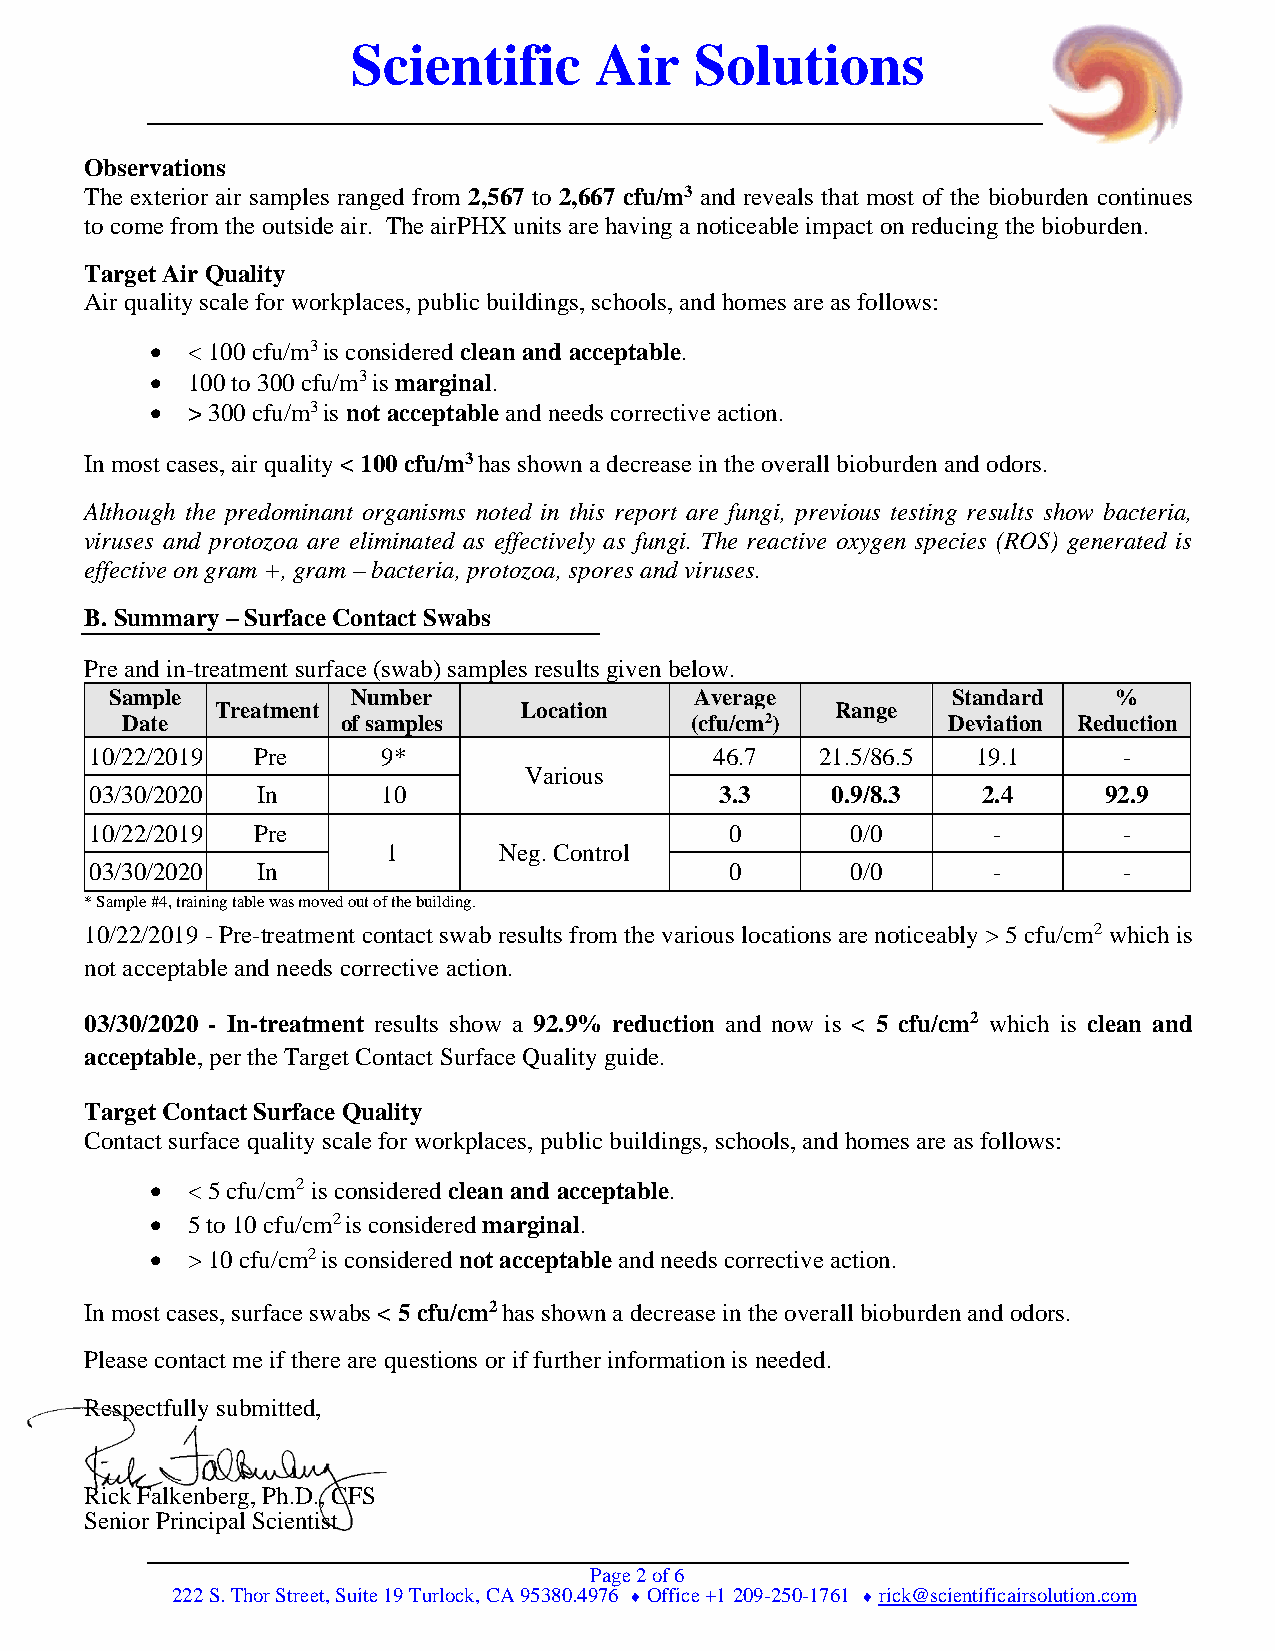
Scientific      Air    Solutions
 Observations
 The exterior air samples ranged from 2,567 to 2,667 cfu/m3 and reveals that most of the bioburden continues
 to come from the outside air. The airPHX units are having a noticeable impact on reducing the bioburden.
 Target Air Quality
 Air quality scale for workplaces, public buildings, schools, and homes are as follows:
 • < 100 cfu/m3 is considered clean and acceptable.
 • 100 to 300 cfu/m3 is marginal.
 • > 300 cfu/m3 is not acceptable and needs corrective action.
 In most cases, air quality < 100 cfu/m3 has shown a decrease in the overall bioburden and odors.
 Although the predominant organisms noted in this report are fungi, previous testing results show bacteria,
 viruses and protozoa are eliminated as effectively as fungi. The reactive oxygen species (ROS) generated is
 effective on gram +, gram – bacteria, protozoa, spores and viruses.
 B. Summary – Surface Contact Swabs
 Pre and in-treatment surface (swab) samples results given below.
 Sample          Number                 Average          Standard   %
 Treatment            Location            Range
 Date           of samples             (cfu/cm2)        Deviation Reduction
 10/22/2019 Pre     9*                    46.7   21.5/86.5  19.1     -
 Various
 03/30/2020 In      10                     3.3    0.9/8.3   2.4     92.9
 10/22/2019 Pre                            0       0/0       -       -
 1      Neg. Control
 03/30/2020 In                             0       0/0       -       -
 * Sample #4, training table was moved out of the building.
 10/22/2019 - Pre-treatment contact swab results from the various locations are noticeably > 5 cfu/cm2 which is
 not acceptable and needs corrective action.
 03/30/2020 - In-treatment results show a 92.9% reduction and now is < 5 cfu/cm2 which is clean and
 acceptable, per the Target Contact Surface Quality guide.
 Target Contact Surface Quality
 Contact surface quality scale for workplaces, public buildings, schools, and homes are as follows:
 • < 5 cfu/cm2 is considered clean and acceptable.
 • 5 to 10 cfu/cm2 is considered marginal.
 • > 10 cfu/cm2 is considered not acceptable and needs corrective action.
 In most cases, surface swabs < 5 cfu/cm2 has shown a decrease in the overall bioburden and odors.
 Please contact me if there are questions or if further information is needed.
 Respectfully submitted,
 Rick Falkenberg, Ph.D., CFS
 Senior Principal Scientist
 Page 2 of 6
 222 S. Thor Street, Suite 19 Turlock, CA 95380.4976  Office +1 209-250-1761  rick@scientificairsolution.com